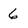
Character: 6